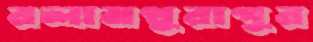
রলামথুরাপুর